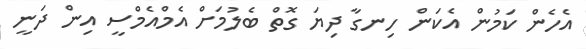
އެހެން ކަމުން އެކަން ހިނގާ ދިޔަ ގޮތް ބެލުމަށް އެމްއެމްސީ އިން ދަނީ